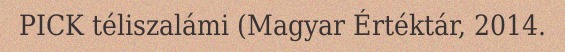
PICK téliszalámi (Magyar Értéktár, 2014.